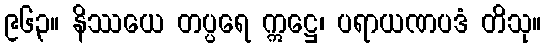
၉၆၃။ နိဿယေ တပ္ပရေ ဣဋ္ဌေ၊ ပရာယဏပဒံ တိသု။